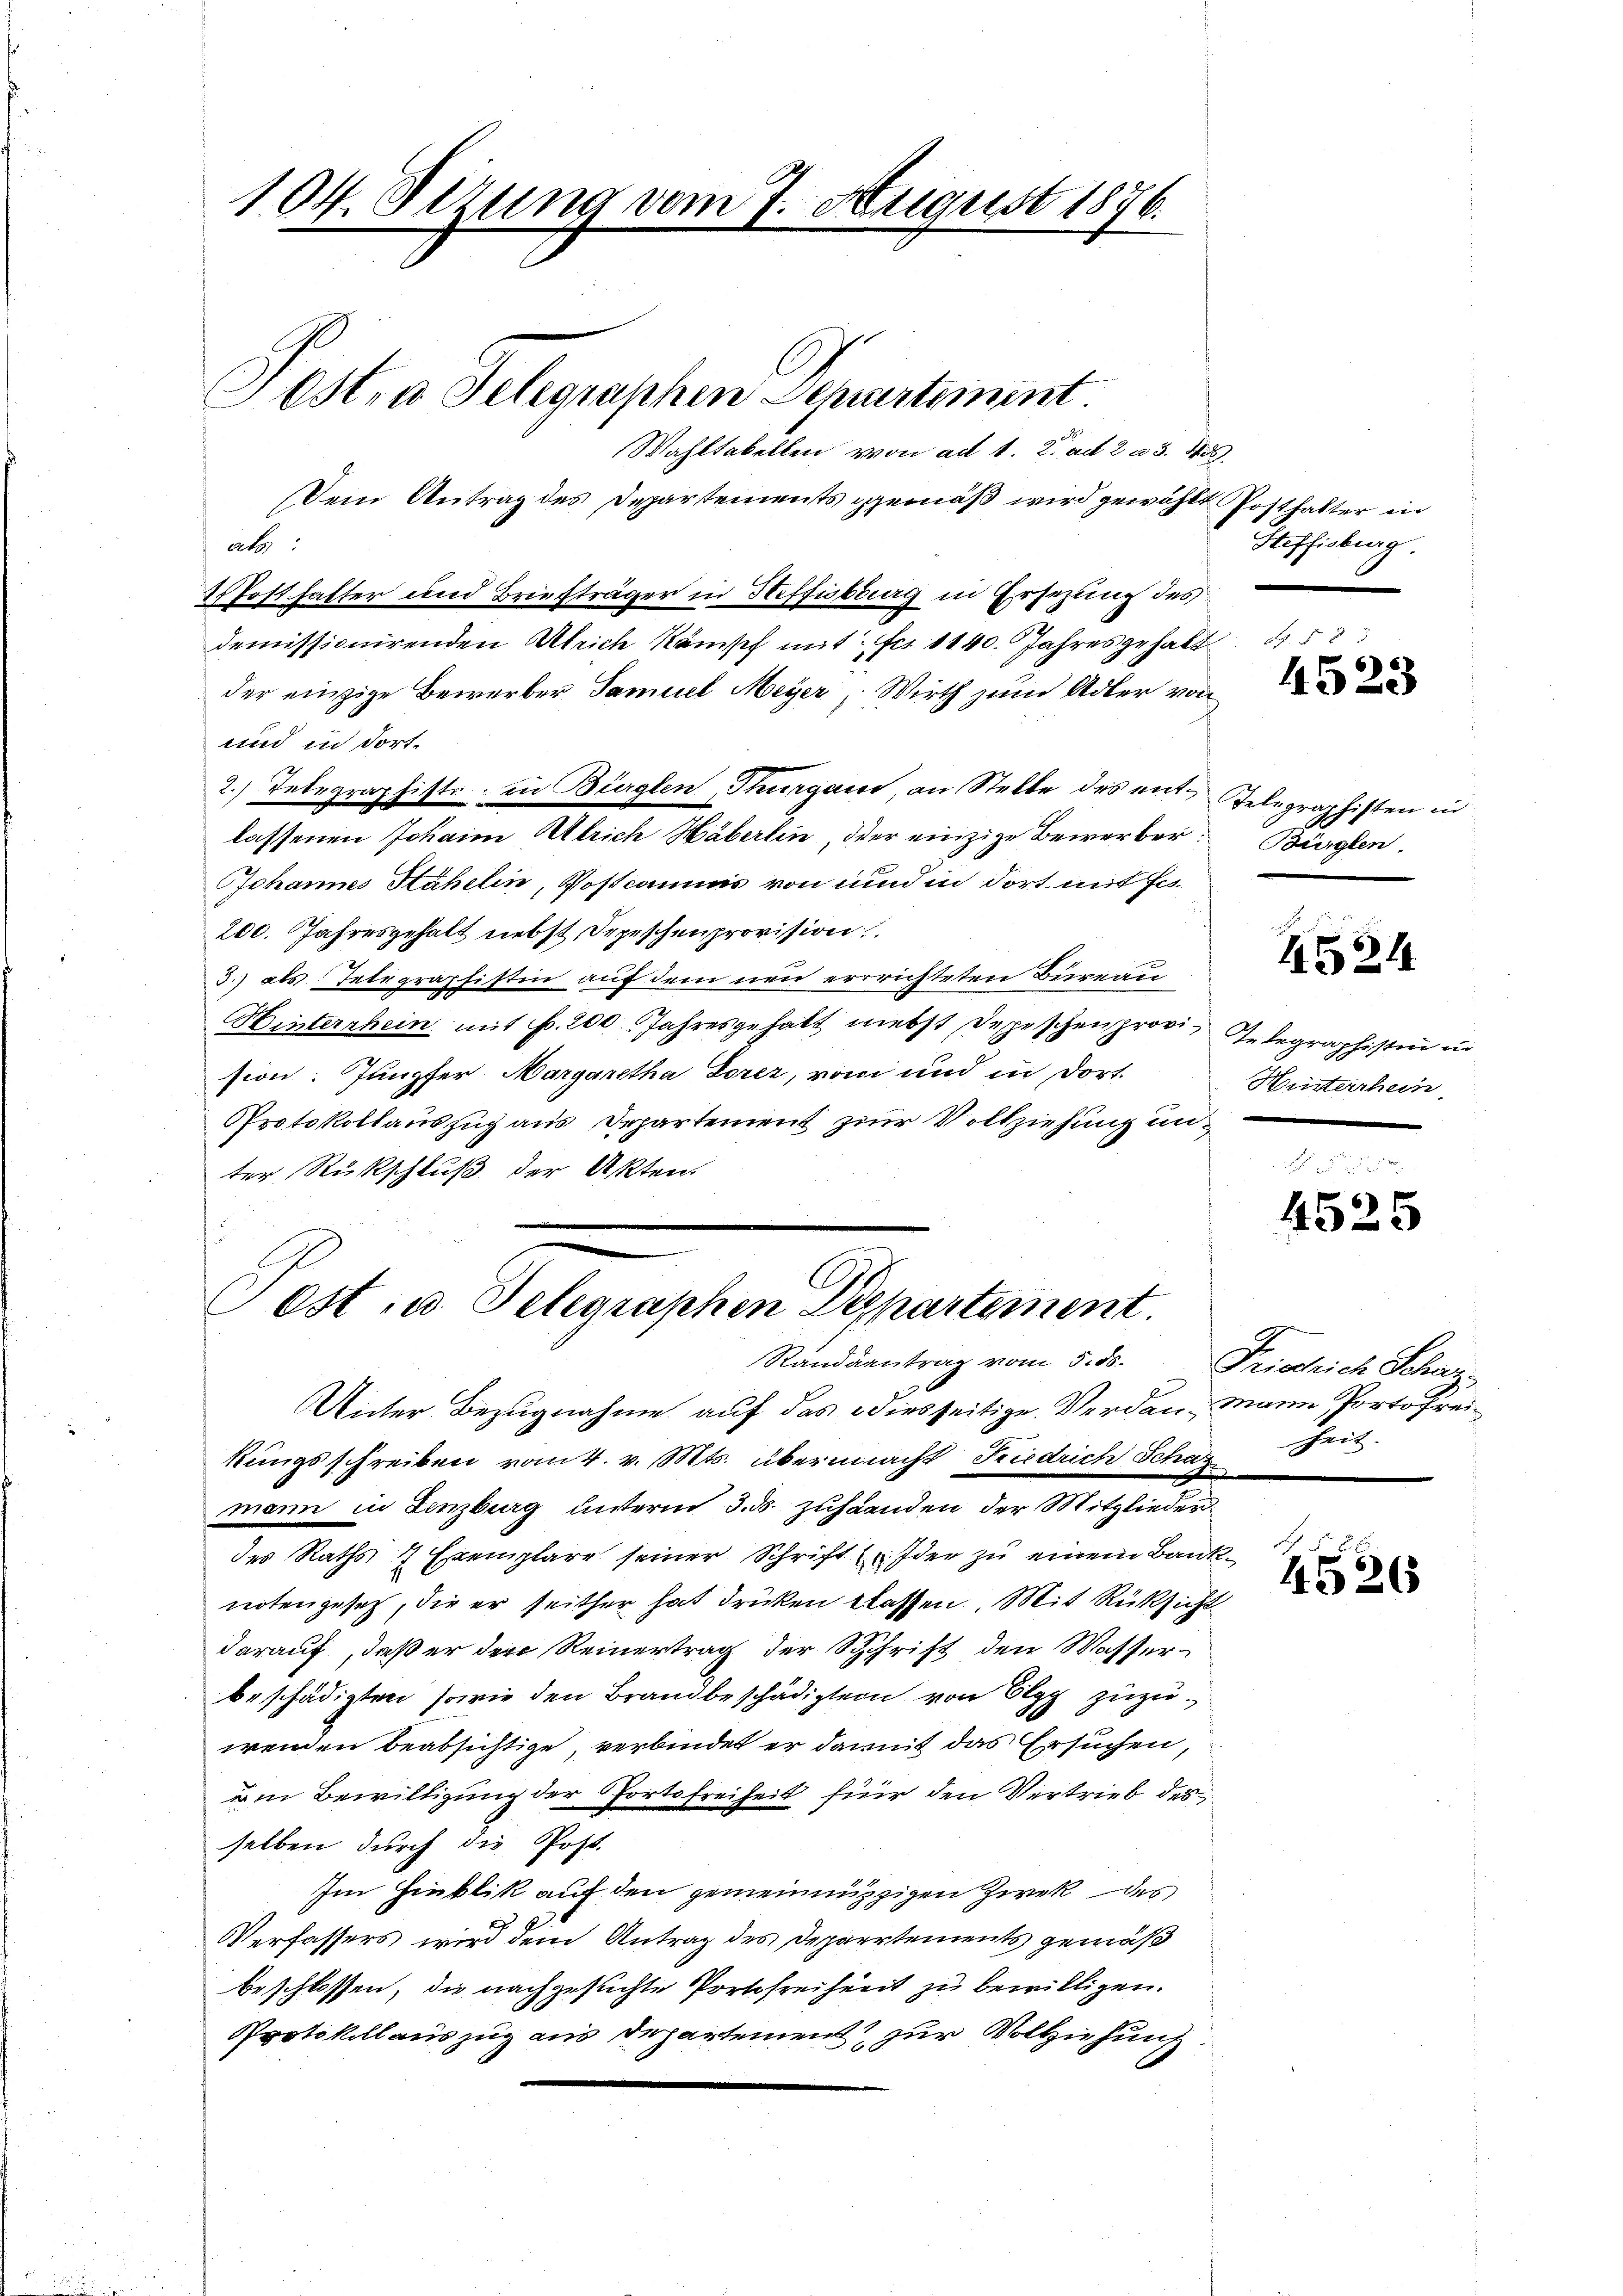
104. Stzung vom 7. August 1876.
Pest. a Gelegraphen Departement.

Wahltabellen von ad 1. 2. ad 2 u 3. ds
Dem Antrag des Departements gemäß wird gewählt Posthalter in
als:
2 Posthalter und Briefträger in Heffisburg in Ersezung des
demissionirenden Ulrich Kamisch mit Fr. 1140. Jahresgehalt
der einzige Bewerber Samuel Meyer, Wirth zum Adler von
und in dort¬
2.) Telegraphiste; in Bürglen, Thurgau, an Stelle des ent-Telegraphisten in
lassenen Johann Ulrich Häberlin, der einzige Bewerber:
Johannes Stahelin, Postcamms von und in dort mit fes
200. Jahresgehalt nebst Depeschenprovision.
3.) als Telegraphistin auf dem neu errrichteten Bureau
Hinternhein mit Fr. 200 Jahresgehalt nebst Depeschenprovi-Telegraphisten in
sion. Janpfer Margaretha, Torez, vom und in dort.
Protokollauszug aus Departement zur Vollziehung unter Rückschluß der Akten.
Fest u. Telegraphen Departement.
Randsantrag vom 5. ds. Friedrich Schatz
Unter Bezugnahme auf das diesseitige Verdan Mann Portofreikungsschreiben vom 4. v. Mts. übermacht Friedrich Schaz
mann in Lenzburg unterm 3. ds. zuhäanden der Mitglieder
des Raths 7 Exemplare seiner Schrift (der zŭ einem Banknotengesetz, die er seither hat drücken klassen. Mit Rüksicht
darauf, daß er der Reinertrag der Schrift den Wasserbeschädigten sowie den Brandbeschädigten von Elgg zuzuwenden beabsichtige, verbindet er damit das Ersuchen,
um Bewilligung der Portofreiheit für den Vertrieb des
selben durch die Post.
Im Hinblik auf den gemeinnützigen Zwek des
Verfassers wird dem Antrag des Departements gemäß
beschlossen, die nachgesuchte Portofreiheit zu bewilligen.
Protokollauszug aus Departement zur Vollziehung.

Heffisburg.

B. § 88
4523

Bürglen

1524

Hinterthein

4525

Zeit.

4526